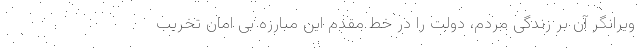
ویرانگر آن بر زندگی مردم، دولت را در خط مقدم این مبارزه بی امان تخریب